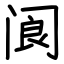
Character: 阆